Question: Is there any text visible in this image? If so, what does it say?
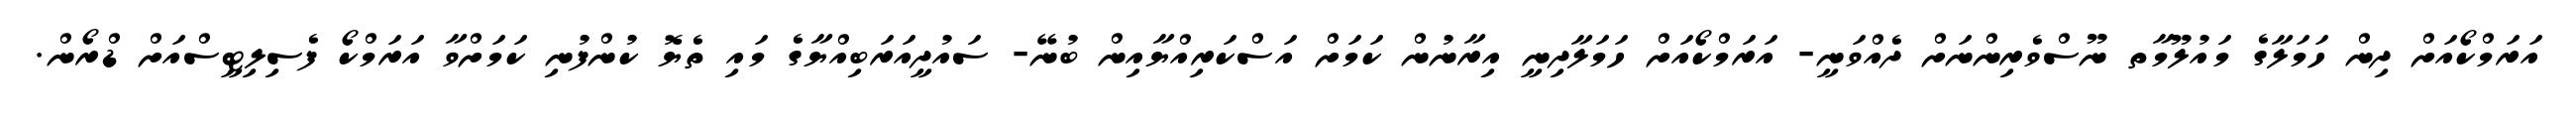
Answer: އަރަމްކޯއަށް ދިން ހަމަލާގެ މައުލޫމާތ ނޫސްވެރިންނަށް ދެއްވަނީ- އަރަމްކޯއަށް ހަމަލާދިނީ އިރާނުން ކަމަށް އަސްކަރިއްޔާއިން ބުނޭ- ސައުދީއަރަބިއްޔާގެ މައި ތެޔޮ ކުންފުނި ކަމަށްވާ އަރަމްކޯ ފެސިލިޓީސްއަށް ޑްރޯން.